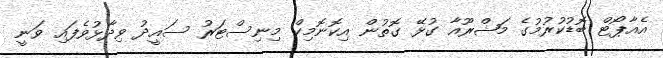
އެއާޕޯޓް ބޮޑުކުރުމުގެ މަޝްރޫއާ ގުޅޭ ގޮތުން އިކޮނޮމިކް މިނިސްޓަރު ސައީދު ވިދާޅުވެފައި ވަނީ